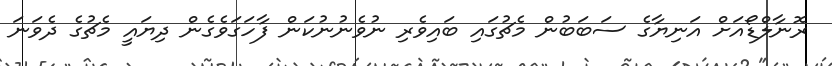
ރޮނާލްޑޯއަށް އަނިޔާގެ ސަބަބުން މެޗުގައި ބައިވެރި ނުވެނުނުކަން ފާހަގަވެގެން ދިޔައީ މެޗުގެ ދެވަނަ